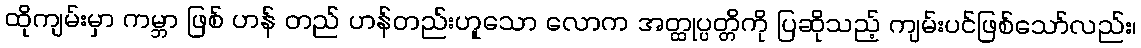
ထိုကျမ်းမှာ ကမ္ဘာ ဖြစ် ဟန် တည် ဟန်တည်းဟူသော လောက အတ္ထုပ္ပတ္တိကို ပြဆိုသည့် ကျမ်းပင်ဖြစ်သော်လည်း၊